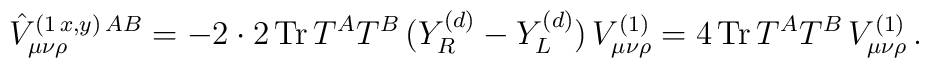
\hat{V}_{\mu\nu\rho}^{(1\,x,y)\,AB}=-2\cdot 2\,{\rm Tr}\,T^AT^B\,(Y_R^{(d)}-Y_L^{(d)})\, V_{\mu\nu\rho}^{(1)}=4\,{\rm Tr}\,T^AT^B\,V_{\mu\nu\rho}^{(1)}\, .